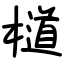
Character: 檤